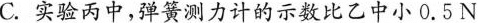
C.实验丙中，弹簧测力计的示数比乙中小0.5N